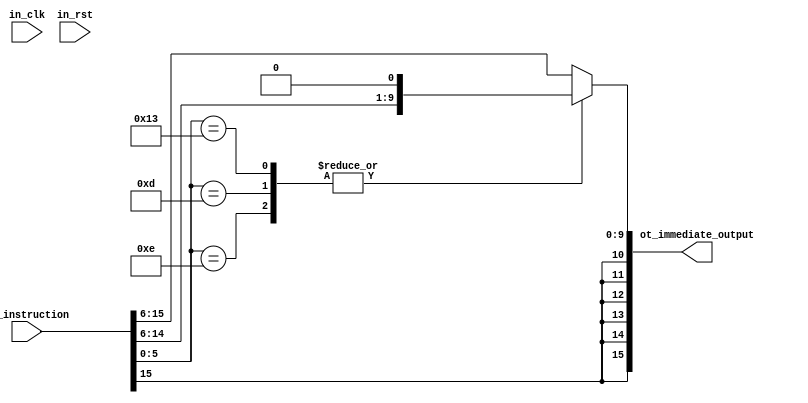
module immediate_generator(
	input wire [15:0] in_instruction,
	input in_clk,
	input wire in_rst,
	output reg [15:0] ot_immediate_output
);

always @(*) begin
	case (in_instruction[5:0])
		6'b001110	:	ot_immediate_output = { {5{in_instruction[15]}}, in_instruction[15:6], 1'b0 }; // jmp
		6'b001101	:	ot_immediate_output = { {5{in_instruction[15]}}, in_instruction[15:6], 1'b0 }; // jz
		6'b010011	:	ot_immediate_output = { {5{in_instruction[15]}}, in_instruction[15:6], 1'b0 }; // jnz
		default	   :	ot_immediate_output = { {6{in_instruction[15]}}, in_instruction[15:6] };
	endcase
end

endmodule